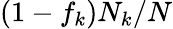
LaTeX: (1-f_{k})N_{k}/N